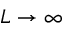
L \to \infty